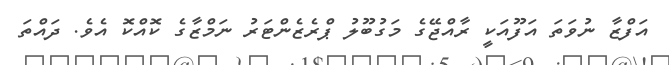
އަފްޒާ ނުވަތަ އަފޫއަކީ ރާއްޖޭގެ މަގުބޫލު ޕްރެޒެންޓަރު ނަމްޒާގެ ކޮއްކޮ އެވެ. ދައްތަ